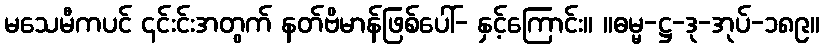
မသေမီကပင် ၎င်းင်းအတွက် နတ်ဗိမာန်ဖြစ်ပေါ်- နှင့်ကြောင်း။ ။ဓမ္မ-ဋ္ဌ-ဒု-အုပ်-၁၈၉။